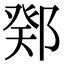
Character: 鄈